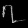
Digit: ၇